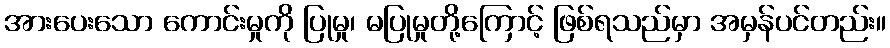
အားပေးသော ကောင်းမှုကို ပြုမှု၊ မပြုမှုတို့ကြောင့် ဖြစ်ရသည်မှာ အမှန်ပင်တည်း။